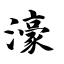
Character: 濠